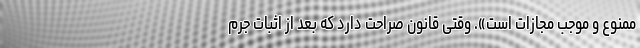
ممنوع و موجب مجازات است». وقتی قانون صراحت دارد که بعد از اثبات جرم